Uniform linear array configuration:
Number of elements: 8
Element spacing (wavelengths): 0.5
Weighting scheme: exponential
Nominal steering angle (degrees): -15
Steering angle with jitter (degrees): -13.284
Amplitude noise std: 0.05
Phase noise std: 0.05

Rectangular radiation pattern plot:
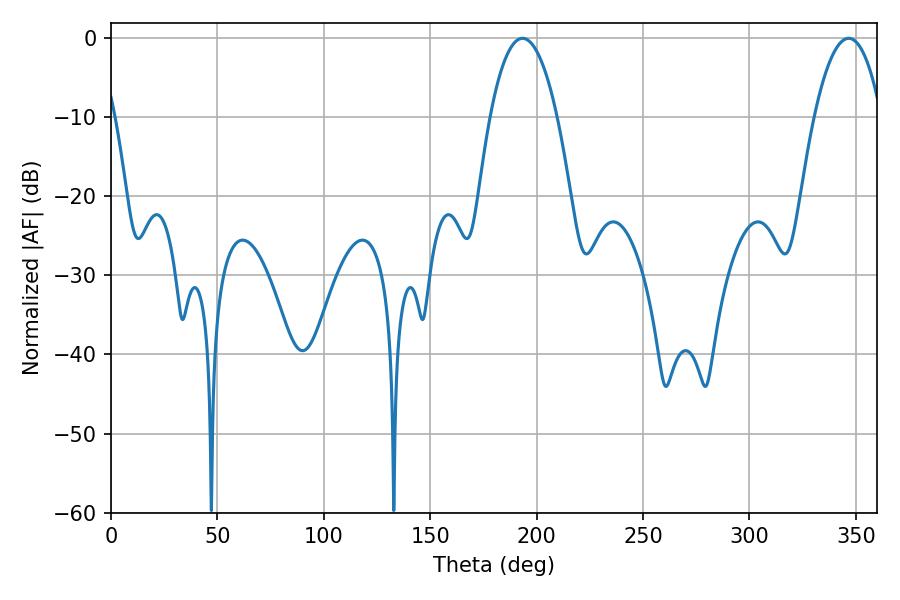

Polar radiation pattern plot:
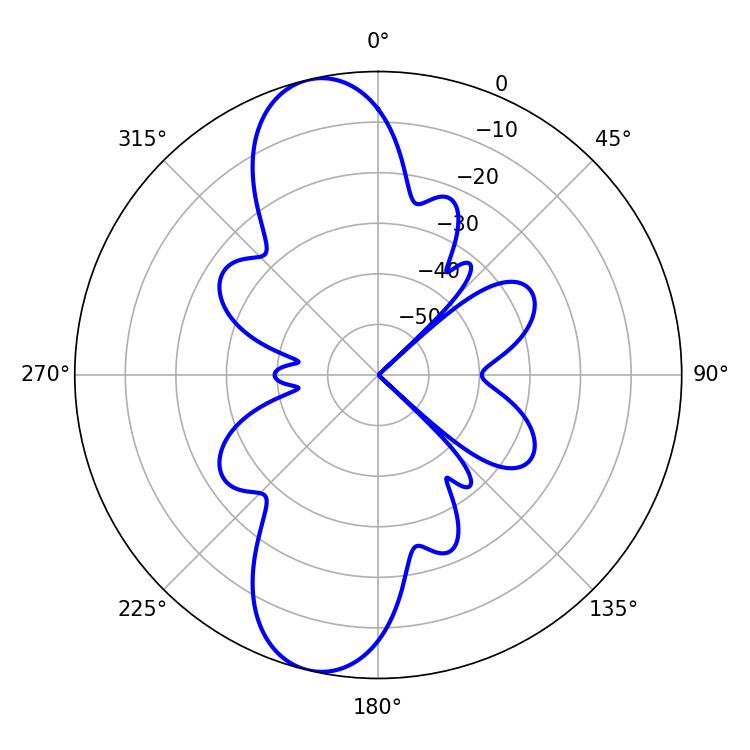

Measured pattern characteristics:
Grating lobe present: FALSE
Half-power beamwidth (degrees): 17.64
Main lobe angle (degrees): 193.32